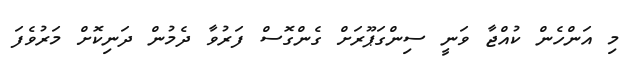
މި އަންހެން ކުއްޖާ ވަނީ ސިންގަޕޫރަށް ގެންގޮސް ފަރުވާ ދެމުން ދަނިކޮށް މަރުވެފަ